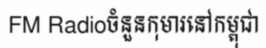
FM Radioចំនួនកុមារនៅកម្ពុជា